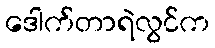
ဒေါက်တာရဲလွင်က